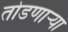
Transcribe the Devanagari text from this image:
तोडणाऱ्या